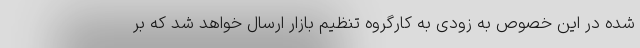
شده در این خصوص به زودی به کارگروه تنظیم بازار ارسال خواهد شد که بر